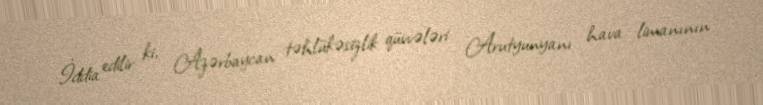
İddia edilir ki, Azərbaycan təhlükəsizlik qüvvələri Arutyunyanı hava limanının